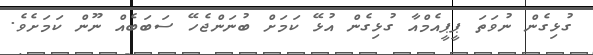
ގުޅިގެން ނުވަތަ ޕީޕީއެމްއާ ގުޅިގެން އުޅޭ ކަމަށް ބުނަންޖެހޭ ސަބަބެއް ނޫން ކަމަށެވެ.